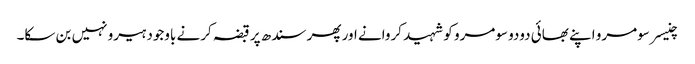
چنیسر سومرو اپنے بھائی دودو سومرو کو شہید کروانے اور پھر سندھ پر قبضہ کرنے باوجود ہیرو نہیں بن سکا۔